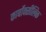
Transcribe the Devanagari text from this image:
कार्बोक्सीलिक